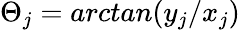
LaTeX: \Theta_{j}=arctan(y_{j}/x_{j})